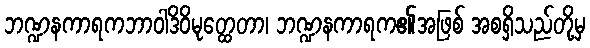
ဘဏ္ဍနကာရကဘာဝါဒိဝိမုတ္ထေတာ၊ ဘဏ္ဍနကာရက၏အဖြစ် အစရှိသည်တို့မှ